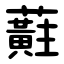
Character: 蘣